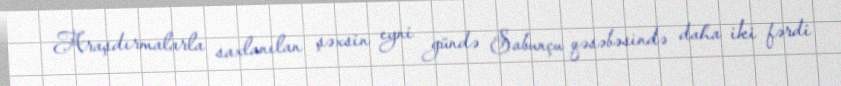
Araşdırmalarla saxlanılan şəxsin eyni gündə Sabunçu qəsəbəsində daha iki fərdi